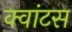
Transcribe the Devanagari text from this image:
क्वांटस